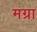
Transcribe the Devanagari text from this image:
मग्रा